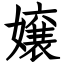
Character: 嬢